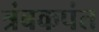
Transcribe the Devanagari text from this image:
त्रंबकपंत